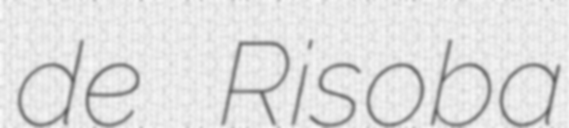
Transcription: de Risoba